Leaving Certificate, 1888
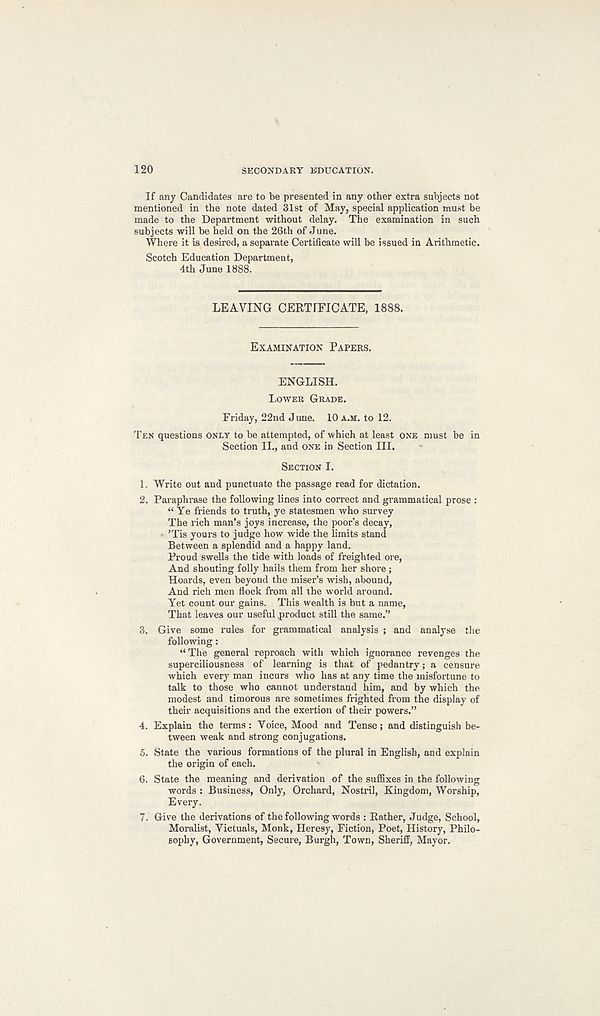
120
SECONDARY EDUCATION.
If any Candidates are to be presented in any other extra subjects not
naentioned in the note dated 31st of May, special application must be
made to the Department without delay. The examination in such
subjects will be held on the 26th of June.
Where it is desired, a separate Certificate will be issued in Arithmetic.
Scotch Education Department,
4th June 1888.
LEAVING CERTIFICATE, 1888.
EXAMINATION PAPERS.
ENGLISH.
LOWER GRADE.
Friday, 22nd June. 10 A.M. to 12.
TEN questions ONLY to be attempted, of which at least ONE must be in
Section II., and ONE in Section III.
SECTION I.
1. Write out and punctuate the passage read for dictation.
2. Paraphrase the following lines into correct and grammatical prose :
“ Ye friends to truth, ye statesmen who survey
The rich man’s joys increase, the poor’s decay,
’Tis yours to judge how wide the limits stand
Between a splendid and a happy land.
Proud swells the tide with loads of freighted oi-e,
And shouting folly hails them from her shore;
Hoards, even beyond the miser’s wish, abound,
And rich men flock from all the world around.
Yet count our gains. This wealth is but a name,
That leaves our useful .product still the same.”
3. Give some rules for grammatical analysis ; and analyse the
following:
“The general reproach with which ignorance revenges the
superciliousness of learning is that of pedantry; a censure
which every man incurs who has at any time the misfortune to
talk to those who cannot understand him, and by which the
modest and timorous are sometimes frighted from the display of
their acquisitions and the exertion of their powers.”
4. Explain the terms : Voice, Mood and Tense; and distinguish be-
tween weak and strong conjugations.
5. State the various formations of the plural in English, and explain
the origin of each.
6. State the meaning and derivation of the suffixes in the following
words : Business, Only, Orchard, Nostril, Kingdom, Worship,
Every.
7. Give the derivations of the following words : Rather, Judge, School,
Moralist, Victuals, Monk, Heresy, Fiction, Poet, History, Philo-
sophy, Government, Secure, Burgh, Town, Sheriff, Mayor.